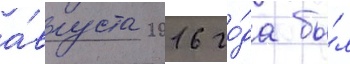
а́вгуста 2016 го́да бы́л